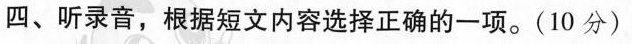
四、听录音,根据短文内容选择正确的一项.(10 分)